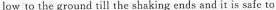
low to the ground tili the shaking ends and it is safc to